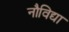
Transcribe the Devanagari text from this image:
नौविद्या